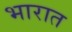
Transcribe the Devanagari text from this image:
भारात